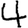
Digit: 4